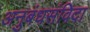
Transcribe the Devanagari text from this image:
अनुबंधसंविदा